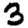
Digit: 3